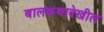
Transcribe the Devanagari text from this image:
बालकथादेखील